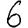
Digit: 6